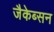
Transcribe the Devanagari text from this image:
जैकेब्सन